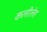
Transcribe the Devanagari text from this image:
कलीलेह